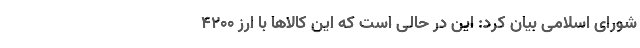
شورای اسلامی بیان کرد: این در حالی است که این کالاها با ارز ۴۲۰۰